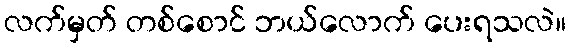
လက်မှတ် တစ်စောင် ဘယ်လောက် ပေးရသလဲ။